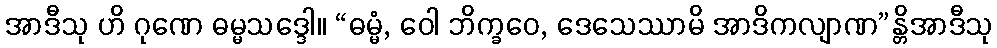
အာဒီသု ဟိ ဂုဏေ ဓမ္မသဒ္ဒေါ။ “ဓမ္မံ, ဝေါ ဘိက္ခဝေ, ဒေသေဿာမိ အာဒိကလျာဏ”န္တိအာဒီသု